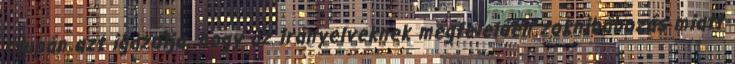
csupán azt igazolja, hogy az irányelveknek megfelelően zoknibábozás miatt